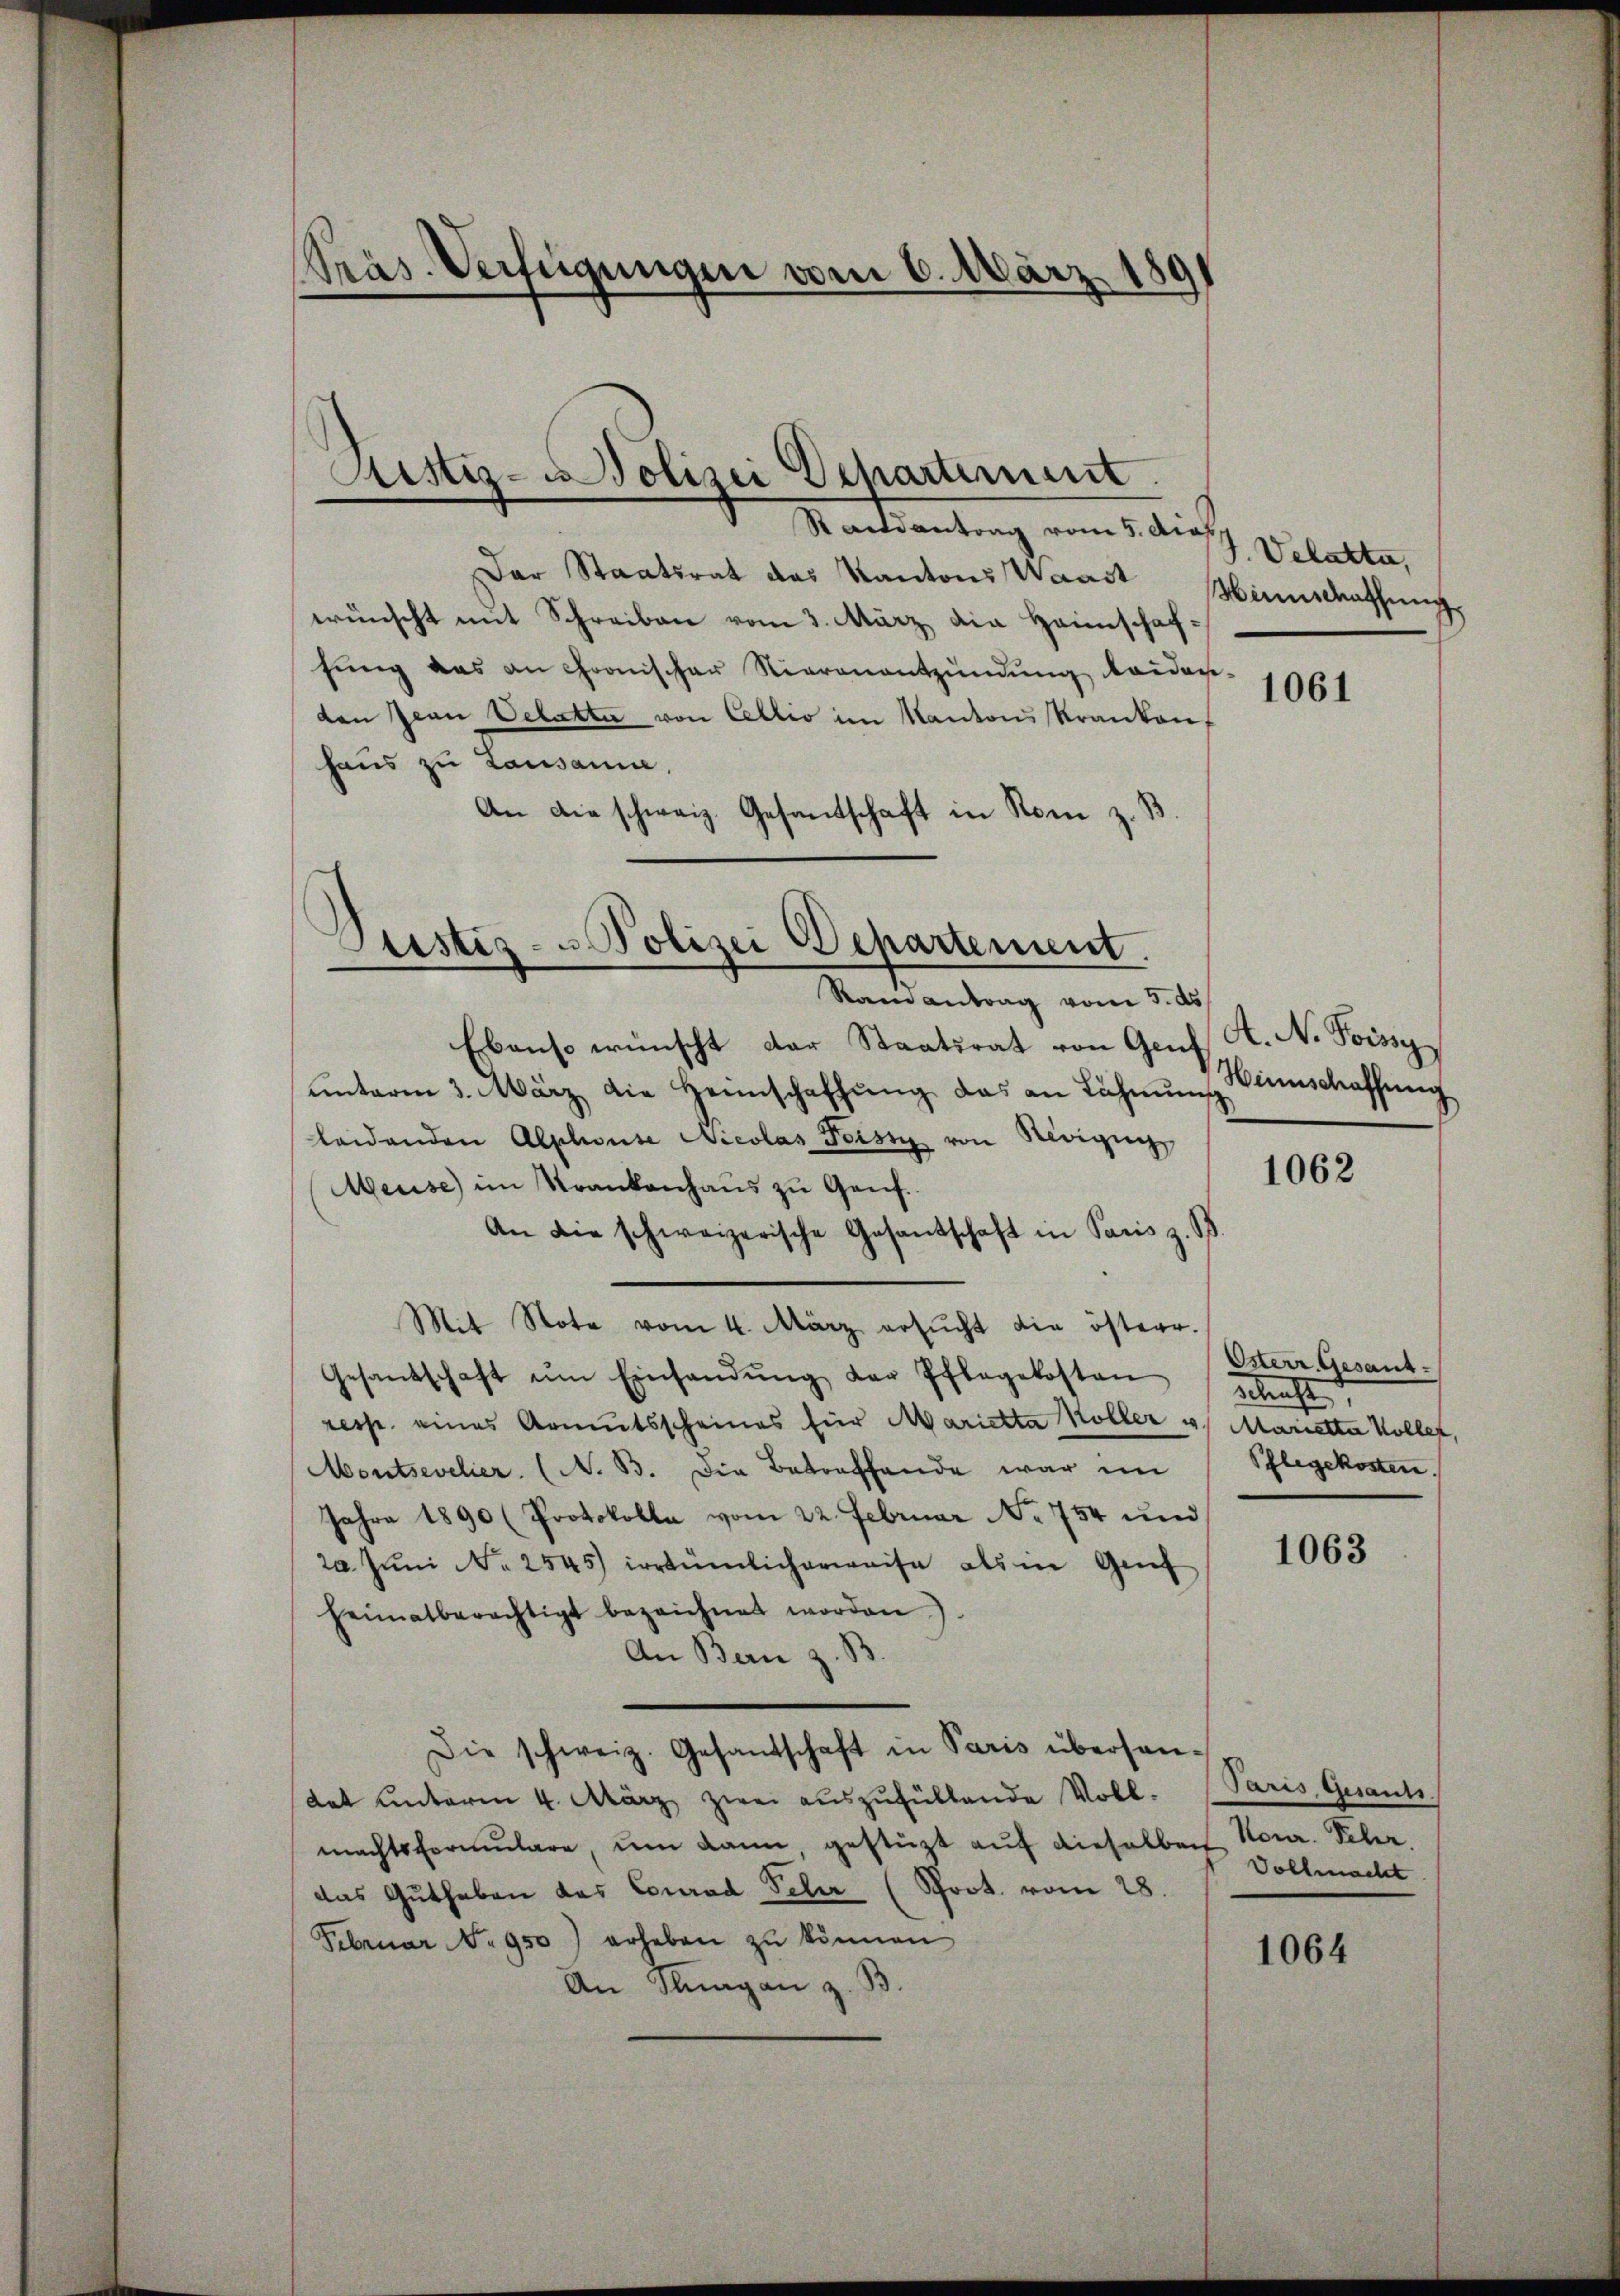
Präs. Verfügungen vom 6. März 189

Ristiz- Polizei Departement

Randantrag vom 5. dies
Dar Staatsrat das Kantons Waadt
wünscht mit Schreiben vom 3. März die Heimschaffŭng das an chronischer Nieranentzündung beiden-
den Jean Velatte von Cellio im Kantons Kranken,
haus zu Lausanne.
An die schweiz. Gesandtschaft in Rom z. B.

Justiz- u Polizei Departement.

Randantrag vom 3. ds
Ebenso wünscht der Staatsrat von Genf, K. N. Poissy
ŭnterm 3. März die Heimschaffŭng das an Lähmung
leidenden Alphouse Nicolas Forst von Neigun
Meuse im Strankenhaus zu Genf.
An die schweizerische Gesandschaft in Paris z. B.
Mit Note vom 4. März ersŭcht die österr.
Gesandschaft ŭm Einsandŭng der Pflegekosten schaft,
resse eines Armutsscheines für Marietta Koller u. Marietta Kolle,
Montsevelier. (N. B. die Betreffende war im Pflegekosten.
Jahre 1890 (Protokolla vom 22. Februar No 754 und
20. Jŭni No 2545) irrtümlicherweise als in Genf
heimatberechtigt bezeichnet worden).
An Bern z. B.
Die schweiz. Gesandschaft in Paris überhan-
Rat unterm 4. März zwei auszufüllende Voll-
machtsformŭlare, ŭm dann gestüzt aŭf dieselben Nour. Schr
das Guthaben das Conrad Peler (Prot. vom 28.
Februar No 950) erheben zŭ können
An Klagan z. B.

J. Velatta,
Winnschaffung.

1061

Hinnschaffung

1062

Osterr. Gesant.

1063

Paris, Gesanti
Vollmacht

1064